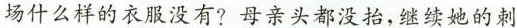
场什么样的衣服没有?母亲头都没抬，继续她的刺